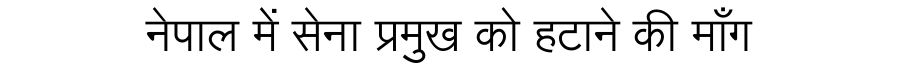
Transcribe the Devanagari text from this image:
नेपाल में सेना प्रमुख को हटाने की माँग